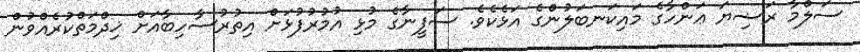
ސަލްމާ ރަޟިޔަ ޢަންހާގެ މައިކަނބަލުންގެ އަޅެކެވެ. ސަފީނާގެ މުޅި އުމުރުފުޅަށް އިތުރުސާހިބާއަށް ޚިދްމަތްކުރެއްވުން